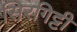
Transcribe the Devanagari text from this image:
सिरगिट्टी